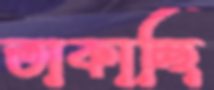
তাকাচ্ছি